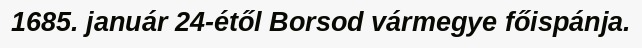
1685. január 24-étől Borsod vármegye főispánja.